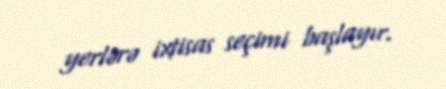
yerlərə ixtisas seçimi başlayır.